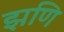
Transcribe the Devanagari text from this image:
झणि